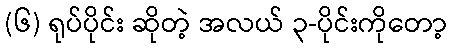
(၆) ရုပ်ပိုင်း ဆိုတဲ့ အလယ် ၃-ပိုင်းကိုတော့